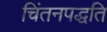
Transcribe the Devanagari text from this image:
चिंतनपद्धति